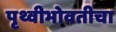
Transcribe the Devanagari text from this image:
पृथ्वीभोवतीचा